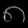
Digit: ၈